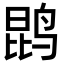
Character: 鹍